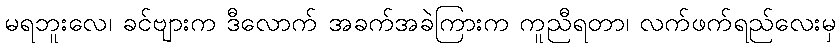
မရဘူးလေ၊ ခင်ဗျားက ဒီလောက် အခက်အခဲကြားက ကူညီရတာ၊ လက်ဖက်ရည်လေးမှ